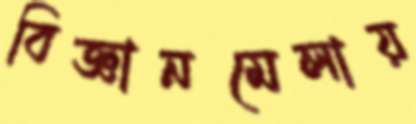
বিজ্ঞানমেলায়